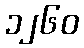
၁၂၆၀